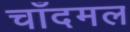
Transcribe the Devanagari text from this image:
चाँदमल